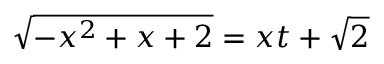
{ \sqrt { - x ^ { 2 } + x + 2 } } = x t + { \sqrt { 2 } }